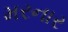
મરનાર